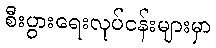
စီးပွားရေးလုပ်ငန်းများမှာ